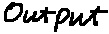
Text: Output